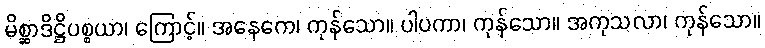
မိစ္ဆာဒိဋ္ဌိပစ္စယာ၊ ကြောင့်။ အနေကေ၊ ကုန်သော။ ပါပကာ၊ ကုန်သော။ အကုသလာ၊ ကုန်သော။